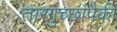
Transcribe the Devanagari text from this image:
तारगुच्छांपैकी